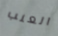
العنب